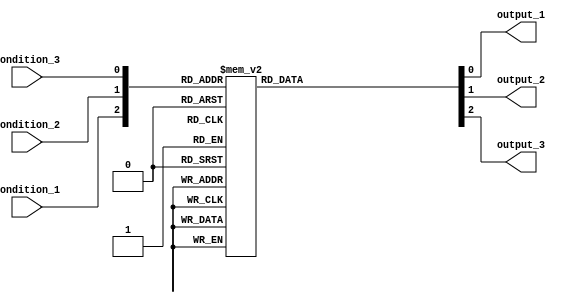
module parallel_case_statement(
    input wire condition_1,
    input wire condition_2,
    input wire condition_3,
    output reg output_1,
    output reg output_2,
    output reg output_3
);

always @*
begin
    case ({condition_1, condition_2, condition_3})
        3'b000: begin // All conditions are false
            output_1 = 0;
            output_2 = 0;
            output_3 = 0;
        end
        3'b001: begin // Only condition_3 is true
            output_1 = 0;
            output_2 = 0;
            output_3 = 1;
        end
        3'b010: begin // Only condition_2 is true
            output_1 = 0;
            output_2 = 1;
            output_3 = 0;
        end
        3'b011: begin // Both condition_2 and condition_3 are true
            output_1 = 0;
            output_2 = 1;
            output_3 = 1;
        end
        3'b100: begin // Only condition_1 is true
            output_1 = 1;
            output_2 = 0;
            output_3 = 0;
        end
        3'b101: begin // Both condition_1 and condition_3 are true
            output_1 = 1;
            output_2 = 0;
            output_3 = 1;
        end
        3'b110: begin // Both condition_1 and condition_2 are true
            output_1 = 1;
            output_2 = 1;
            output_3 = 0;
        end
        3'b111: begin // All conditions are true
            output_1 = 1;
            output_2 = 1;
            output_3 = 1;
        end
    endcase
end

endmodule